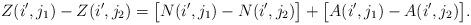
LaTeX: \begin{align*}Z(i', j_1) - Z(i', j_2) = \big[ N(i', j_1) - N(i', j_2) \big] + \big[ A(i', j_1) - A(i', j_2) \big].\end{align*}